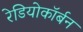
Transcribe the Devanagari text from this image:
रेडियोकॉर्बन